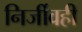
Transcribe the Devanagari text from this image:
निर्जीवही